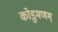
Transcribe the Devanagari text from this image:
कोडुमणम्